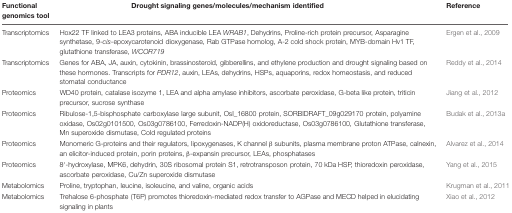
| Functional genomics tool | Drought signaling genes/molecules/mechanism identified | Reference |
 | --- | --- | --- |
 | Transcriptomics | Hox22 TF linked to LEA3 proteins, ABA inducible LEA WRAB1, Dehydrins, Proline-rich protein precursor, Asparagine synthetase, 9-cis-epoxycarotenoid dioxygenase, Rab GTPase homolog, A-2 cold shock protein, MYB-domain Hv1 TF, glutathione transferase, WCOR719 | Ergen et al., 2009 |
 | Transcriptomics | Genes for ABA, JA, auxin, cytokinin, brassinosteroid, gibberellins, and ethylene production and drought signaling based on these hormones. Transcripts for PDR12, auxin, LEAs, dehydrins, HSPs, aquaporins, redox homeostasis, and reduced stomatal conductance | Reddy et al., 2014 |
 | Proteomics | WD40 protein, catalase isozyme 1, LEA and alpha amylase inhibitors, ascorbate peroxidase, G-beta like protein, triticin precursor, sucrose synthase | Jiang et al., 2012 |
 | Proteomics | Ribulose-1,5-bisphosphate carboxylase large subunit, OsI_16800 protein, SORBIDRAFT_09g029170 protein, polyamine oxidase, Os02g0101500, Os03g0786100, Ferredoxin-NADP(H) oxidoreductase, Os03g0786100, Glutathione transferase, Mn superoxide dismutase, Cold regulated proteins | Budak et al., 2013a |
 | Proteomics | Monomeric G-proteins and their regulators, lipoxygenases, K channel β subunits, plasma membrane proton ATPase, calnexin, an elicitor-induced protein, porin proteins, β-expansin precursor, LEAs, phosphatases | Alvarez et al., 2014 |
 | Proteomics | 8′-hydroxylase, MPK6, dehydrin, 30S ribosomal protein S1, retrotransposon protein, 70 kDa HSP, thioredoxin peroxidase, ascorbate peroxidase, Cu/Zn superoxide dismutase | Yang et al., 2015 |
 | Metabolomics | Proline, tryptophan, leucine, isoleucine, and valine, organic acids | Krugman et al., 2011 |
 | Metabolomics | Trehalose 6-phosphate (T6P) promotes thioredoxin-mediated redox transfer to AGPase and MECD helped in elucidating signaling in plants | Xiao et al., 2012 |